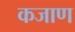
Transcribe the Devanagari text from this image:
कजाण